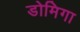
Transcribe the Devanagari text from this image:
डोमिगा